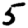
Digit: 5